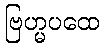
ဗြဟ္မပထေ